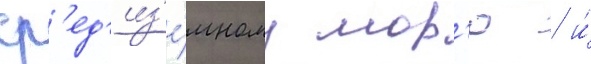
ср'ед'из'е́мному мор'ю / и́